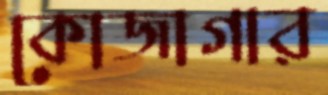
কোজাগার